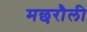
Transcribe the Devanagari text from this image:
मछरौली